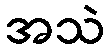
အသဲ